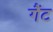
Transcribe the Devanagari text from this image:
गैंट